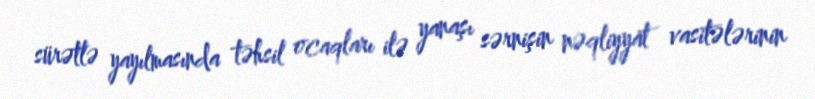
sürətlə yayılmasında təhsil ocaqları ilə yanaşı sərnişin nəqliyyat vasitələrinin